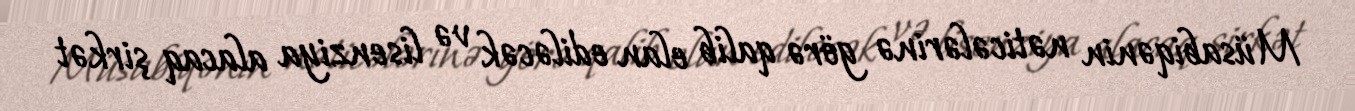
Müsabiqənin nəticələrinə görə qalib elan ediləcək və lisenziya alacaq şirkət